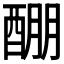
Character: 𲆱